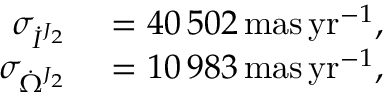
\begin{array} { r l } { \sigma _ { \dot { I } ^ { J _ { 2 } } } } & { { } = 4 0 \, 5 0 2 \, \mathrm { m a s \, y r } ^ { - 1 } , } \\ { \sigma _ { \dot { \Omega } ^ { J _ { 2 } } } } & { { } = 1 0 \, 9 8 3 \, \mathrm { m a s \, y r } ^ { - 1 } , } \end{array}